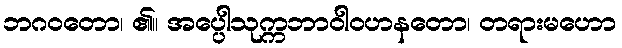
ဘဂဝတော၊ ၏။ အပ္ပေါသုက္ကဘာဝါဝဟနတော၊ တရားမဟော